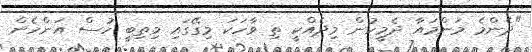
"ދެންމެ މަންމައާ ދެމީހުން މިދެއްކީ ތި ވާހަކަ މިގޭގައި މިތިބީ ހުސް އަންހެން